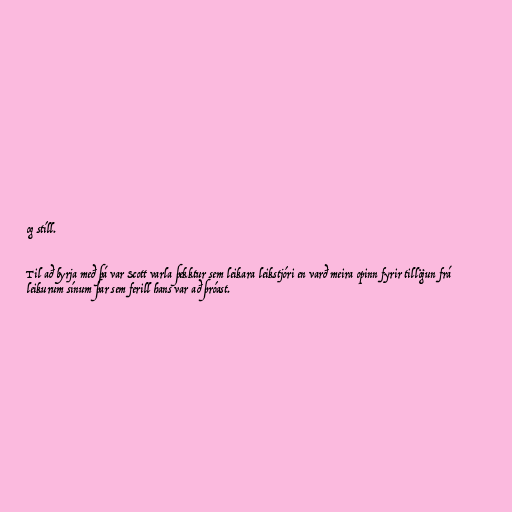
og stíll.

Til að byrja með þá var Scott varla þekktur sem leikara leikstjóri en varð meira opinn fyrir tillögun frá
leikurum sínum þar sem ferill hans var að þróast.